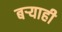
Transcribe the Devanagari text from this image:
बर्‍याही